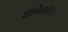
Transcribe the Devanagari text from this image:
सावेतसेति।